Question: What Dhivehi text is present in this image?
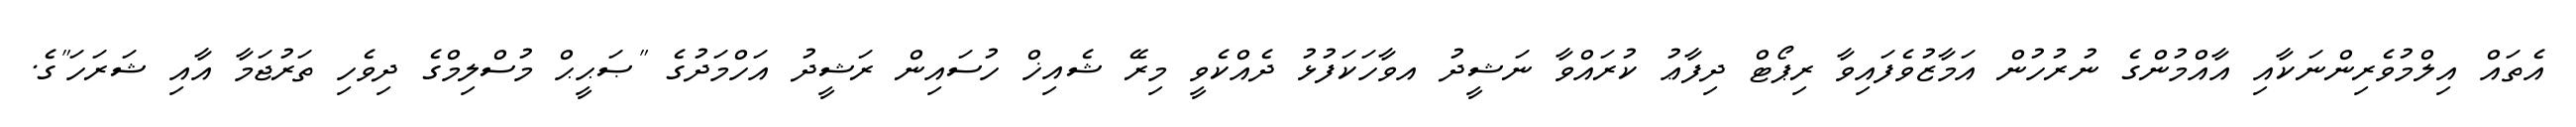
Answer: އެތައް އިލްމުވެރިންނަކާއި އާއްމުންގެ ނުރުހުން އަމާޒުވެފައިވާ ރިޕޯޓް ދިފާޢު ކުރައްވާ ނަޝީދު އވާހަކަފުޅު ދެއްކެވީ މިރޭ ޝެއިޚް ހުސައިން ރަޝީދު އަހްމަދުގެ "ޞަޙީޙް މުސްލިމްގެ ދިވެހި ތަރުޖަމާ އާއި ޝަރަހަ"ގެ.